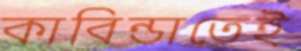
কাবিন্ডাতেই